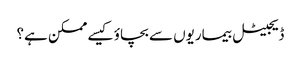
ڈیجیٹل بیماریوں سے بچاؤ کیسے ممکن ہے؟